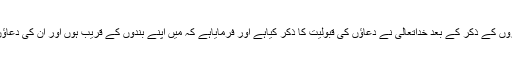
اسی لئے روزوں کے ذکر کے بعد خداتعالیٰ نے دعاؤں کی قبولیت کا ذکر کیاہے اور فرمایاہے کہ مَیں اپنے بندوں کے قریب ہوں اور اُن کی دعاؤں کو سنتاہوں۔